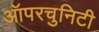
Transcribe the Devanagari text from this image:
ऑपरचुनिटी